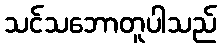
သင်သဘောတူပါသည်